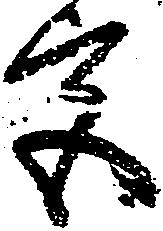
宮